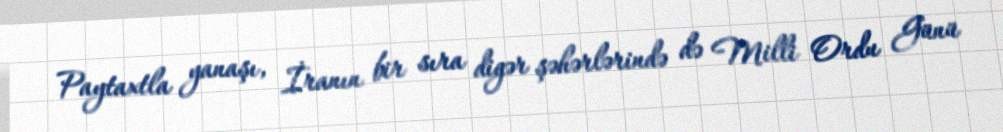
Paytaxtla yanaşı, İranın bir sıra digər şəhərlərində də Milli Ordu Günü